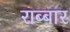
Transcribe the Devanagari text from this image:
राब्बार